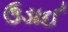
ઉડાઈ